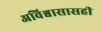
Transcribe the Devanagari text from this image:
अविश्वासासही